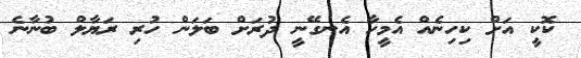
ކޮކީ އަށް ކިހިނެއް އެމީހާ އެނގޭނީ ދުރަށް ބަލަން ހުރި ރަޔާލް ބުނާނެ